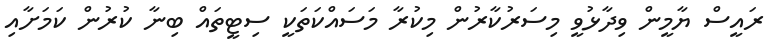
ރައީސް ޔާމީން ވިދާޅުވީ މިސަރުކާރުން މިކުރާ މަސައްކަތަކީ ސިޓީތައް ބިނާ ކުރުން ކަމަށާއި